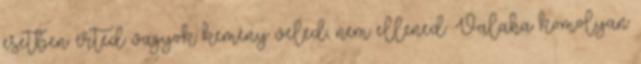
esetben: érted vagyok kemény veled, nem ellened. Valaha komolyan